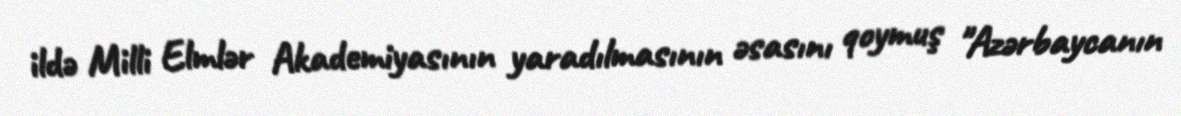
ildə Milli Elmlər Akademiyasının yaradılmasının əsasını qoymuş "Azərbaycanın